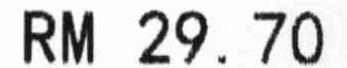
RM 29.70